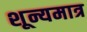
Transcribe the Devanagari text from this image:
शून्यमात्र